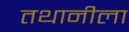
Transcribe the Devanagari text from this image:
तथानीला